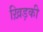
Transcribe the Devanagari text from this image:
ख़िड़की